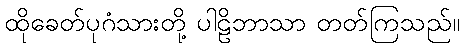
ထိုခေတ်ပုဂံသားတို့ ပါဠိဘာသာ တတ်ကြသည်။